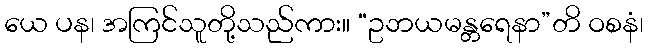
ယေ ပန၊ အကြင်သူတို့သည်ကား။ “ဥဘယမန္တရေနာ”တိ ဝစနံ၊